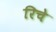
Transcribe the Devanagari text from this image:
रिचे